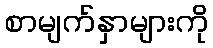
စာမျက်နှာများကို